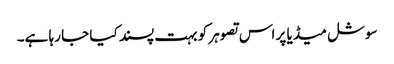
سوشل میڈیا پر اس تصوہر کو بہت پسند کیا جا رہا ہے۔